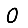
Digit: 0